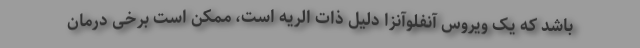
باشد که یک ویروس آنفلوآنزا دلیل ذات الریه است، ممکن است برخی درمان